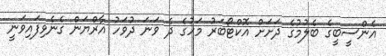
އެންސީބީގެ ބެލުމުގެ ދަށަށް އޮކްޓޯބަރު މަހުގެ ދެ ވަނަ ދުވަހު އާރްޔަން ގެނެވިފައިވަނީ